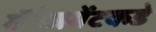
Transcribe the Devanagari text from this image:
मॅनेजमेंटकडे